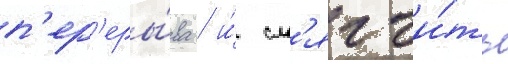
п'ер'еры́ва / и́ см'ягчи́ть